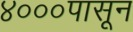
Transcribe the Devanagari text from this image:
४०००पासून